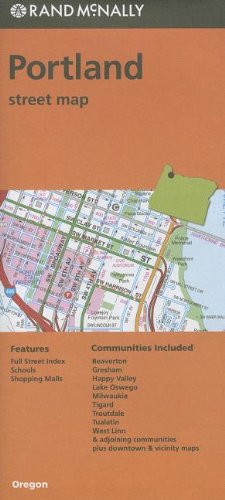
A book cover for Rand McNally Portland, Oregon Street Map; Travel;